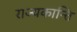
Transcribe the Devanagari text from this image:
राज्यकान्ति